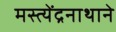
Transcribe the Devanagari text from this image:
मस्त्येंद्रनाथाने